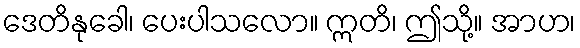
ဒေတိနုခေါ၊ ပေးပါသလော။ ဣတိ၊ ဤသို့။ အာဟ၊